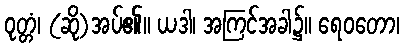
ဝုတ္တံ၊ (ဆို)အပ်၏။ ယဒါ၊ အကြင်အခါ၌။ ရေဝတော၊